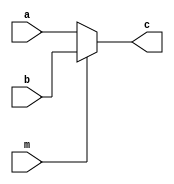
`timescale 1ns / 1ps
//////////////////////////////////////////////////////////////////////////////////
// Company: 
// Engineer: 
// 
// Design Name: 
// Module Name: mux_1_2
// Project Name: 
// Target Devices: 
// Tool Versions: 
// Description: 
// 
// Dependencies: 
// 
// Revision:
// Revision 0.01 - File Created
// Additional Comments:
// 
//////////////////////////////////////////////////////////////////////////////////


module mux_1_2(
input [31:0] a,
input [31:0] b,
input m,
output [31:0] c
);

assign c=(m==1)?b:a;//1-2

endmodule